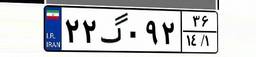
۲۲گ۰۹۲۳۶